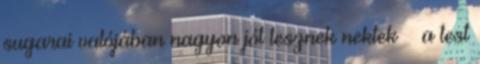
sugarai valójában nagyon jót tesznek nektek – a test